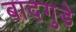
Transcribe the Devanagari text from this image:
बादगुड़े